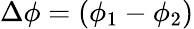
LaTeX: \Delta\phi=(\phi_{1}-\phi_{2})